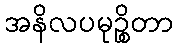
အနိလပမုဉ္စိတာ